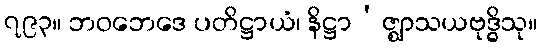
၇၉၃။ ဘဝဘေဒေ ပတိဋ္ဌာယံ၊ နိဋ္ဌာ’ဇ္ဈာသယဗုဒ္ဓိသု။